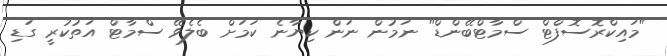
"މައިކްރޮސޮފްޓް ސްމާޓްބޭންޑް" ނަމުން ނަން ކިޔާނެ ކަމަށް ބެލެވޭ ސްމާޓް އަތުކުރީ ގަޑި